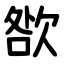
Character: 㰶